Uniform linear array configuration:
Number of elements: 48
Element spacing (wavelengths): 1
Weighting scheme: kaiser
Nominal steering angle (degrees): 30
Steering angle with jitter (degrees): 29.529
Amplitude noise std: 0.05
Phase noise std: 0.05

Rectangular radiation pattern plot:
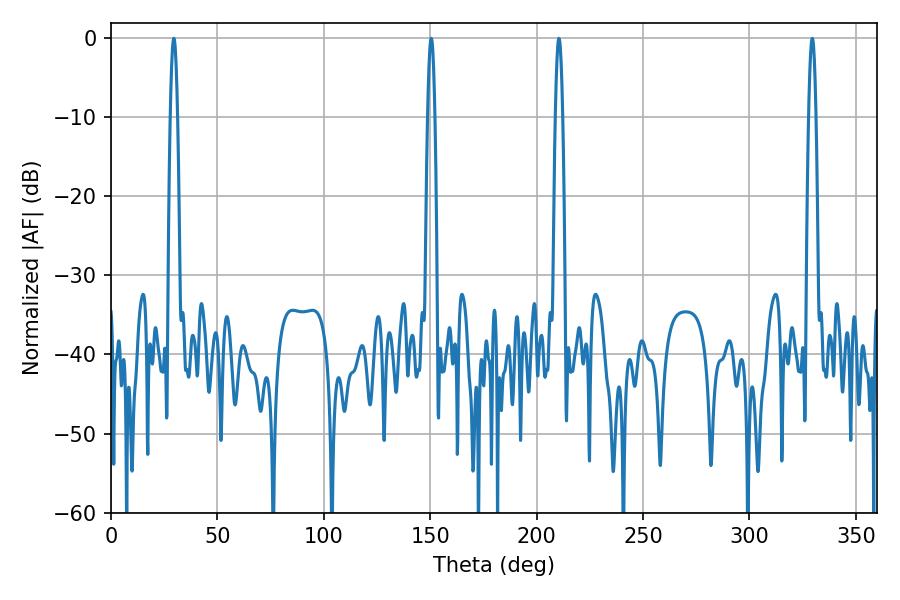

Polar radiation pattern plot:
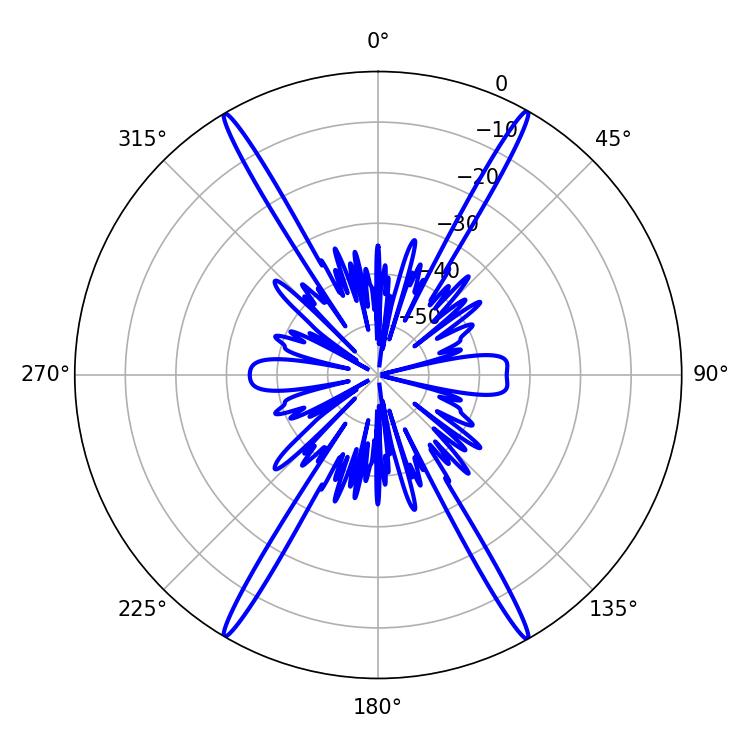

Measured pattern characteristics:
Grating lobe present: TRUE
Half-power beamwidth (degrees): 1.8
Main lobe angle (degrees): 29.52